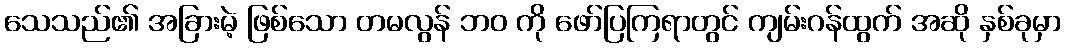
သေသည်၏ အခြားမဲ့ ဖြစ်သော တမလွန် ဘဝ ကို ဖော်ပြကြရာတွင် ကျမ်းဂန်ထွက် အဆို နှစ်ခုမှာ